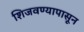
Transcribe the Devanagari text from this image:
शिजवण्यापासून